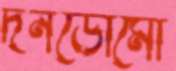
দনডোমো